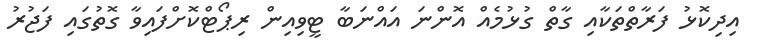
އިދިކޮޅު ފަރާތްތަކާއި ގާތް ގުޅުމެއް އޮންނަ އައްނަބާ ޓީވިއިން ރިޕޯޓްކޮށްފައިވާ ގޮތުގައި ފަޖުރު